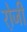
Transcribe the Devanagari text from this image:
रो़जी